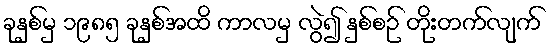
ခုနှစ်မှ ၁၉၈၅ ခုနှစ်အထိ ကာလမှ လွဲ၍ နှစ်စဉ် တိုးတက်လျက်